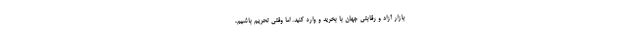
بازار آزاد و رقابتی جهان با بخرید و وارد کنید. اما وقتی تحریم باشیم،